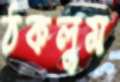
ঠকলুম